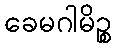
ခေမဂါမိဉ္စ